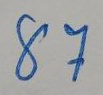
87